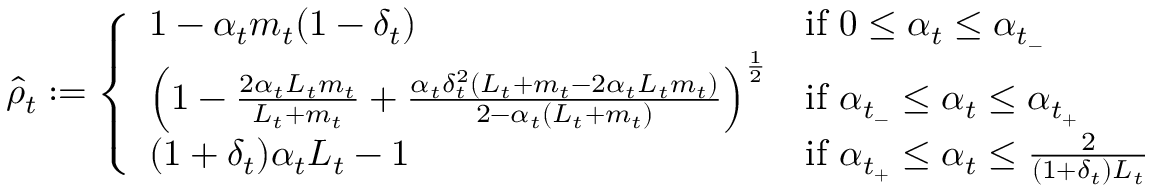
\begin{array} { r } { \hat { \rho } _ { t } : = \left\{ \begin{array} { l l } { 1 - \alpha _ { t } m _ { t } ( 1 - \delta _ { t } ) } & { \mathrm { i f ~ } 0 \le \alpha _ { t } \le \alpha _ { t _ { - } } } \\ { \left( 1 - \frac { 2 \alpha _ { t } L _ { t } m _ { t } } { L _ { t } + m _ { t } } + \frac { \alpha _ { t } \delta _ { t } ^ { 2 } ( L _ { t } + m _ { t } - 2 \alpha _ { t } L _ { t } m _ { t } ) } { 2 - \alpha _ { t } ( L _ { t } + m _ { t } ) } \right) ^ { \frac { 1 } { 2 } } } & { \mathrm { i f ~ } \alpha _ { t _ { - } } \le \alpha _ { t } \le \alpha _ { t _ { + } } } \\ { ( 1 + \delta _ { t } ) \alpha _ { t } L _ { t } - 1 } & { \mathrm { i f ~ } \alpha _ { t _ { + } } \le \alpha _ { t } \le \frac { 2 } { ( 1 + \delta _ { t } ) L _ { t } } } \end{array} \right. } \end{array}